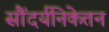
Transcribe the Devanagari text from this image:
सौंदर्यनिकेतन